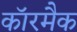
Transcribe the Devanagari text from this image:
कॉरमैक